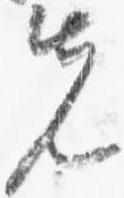
先